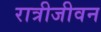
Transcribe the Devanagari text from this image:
रात्रीजीवन